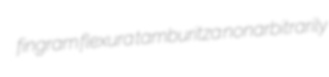
fingram flexura tamburitza nonarbitrarily